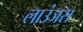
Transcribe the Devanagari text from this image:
लाउंजस